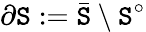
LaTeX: \partial\mathtt{S}:={\bar{{\mathtt{S}}}}\setminus\mathtt{S}^{\circ}